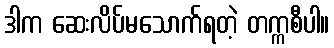
ဒါက ဆေးလိပ်မသောက်ရတဲ့ တက္ကစီပါ။